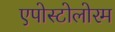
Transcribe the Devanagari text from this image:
एपोस्टोलोरम